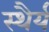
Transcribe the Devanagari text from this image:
स्‍थैर्य